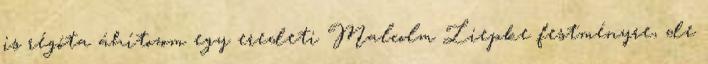
is régóta áhítozom egy eredeti Malcolm Liepke festményre, de